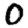
Digit: 0